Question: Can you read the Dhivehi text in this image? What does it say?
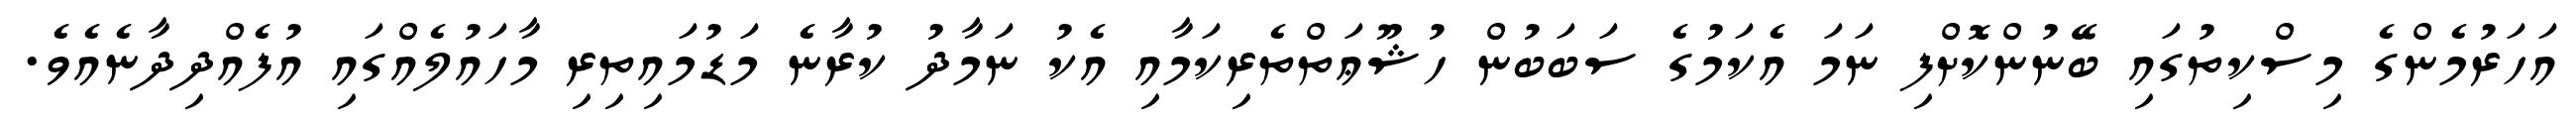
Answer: އަހަރުމެންގެ މިސްކިތުގައި ބޭނުންކޮށްފި ނަމަ އެކަމުގެ ސަބަބުން ހުޝޫޢަތްތެރިކަމާއި އެކު ނަމާދު ކުރާނެ މަޑުމައިތިރި މާހައުލެއްގައި އުފެއްދިދާނެއެވެ.